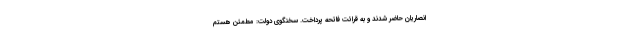
انصاریان حاضر شدند و به قرائت فاتحه پرداخت. سخنگوی دولت: مطمئن هستم